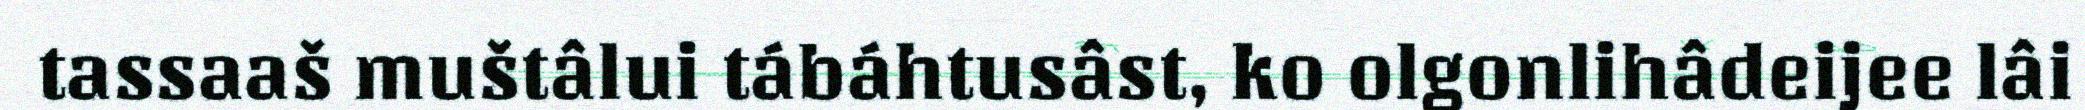
tassaaš muštâlui tábáhtusâst, ko olgonlihâdeijee lâi